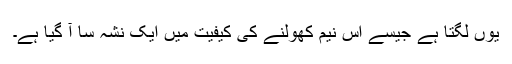
یوں لگتا ہے جیسے اس نیم کھولنے کی کیفیت میں ایک نشہ سا آ گیا ہے۔